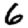
Digit: 6